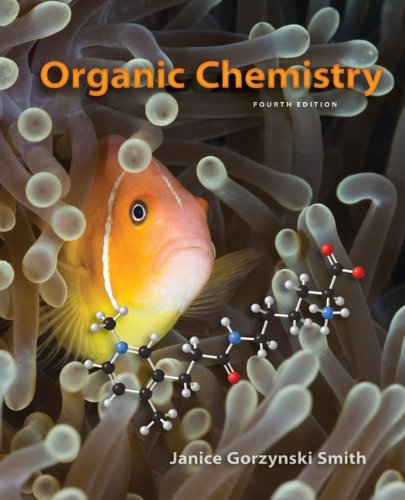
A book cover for Organic Chemistry; Janice Smith; Science & Math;